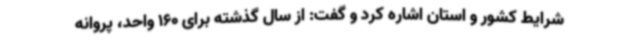
شرایط کشور و استان اشاره کرد و گفت: از سال گذشته برای 160 واحد، پروانه